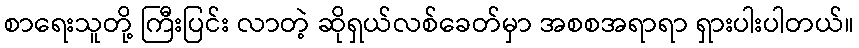
စာရေးသူတို့ ကြီးပြင်း လာတဲ့ ဆိုရှယ်လစ်ခေတ်မှာ အစစအရာရာ ရှားပါးပါတယ်။